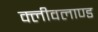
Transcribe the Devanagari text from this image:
क्लीवलाण्ड